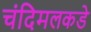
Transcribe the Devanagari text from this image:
चंदिमलकडे